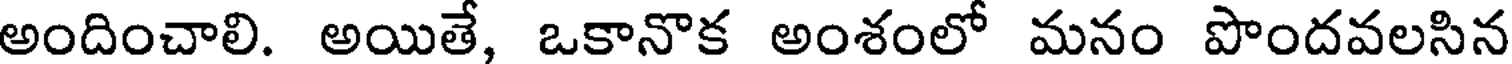
అందించాలి. అయితే, ఒకానొక అంశంలో మనం పొందవలసిన